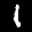
Label: 1